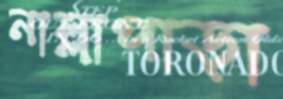
নাল্লাপাড়া